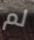
لم